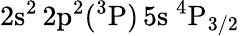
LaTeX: \mathrm{2s^{2}\, 2p^{2}(^{3}P)\, 5s~^{4}P_{3/2}}